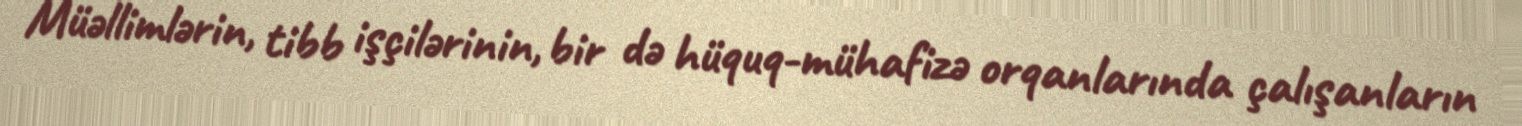
Müəllimlərin, tibb işçilərinin, bir də hüquq-mühafizə orqanlarında çalışanların